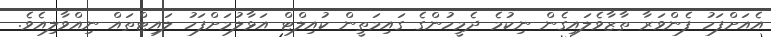
އެއަށްފަހު ފެންވަރާ ތާޒާވެލައިގެން ނިކުމެ ދެމީހުންގެ ގައިމަތީން ކުއިލްޓް އަޅާލުމަށްފަހު ލައިޓްތައް ނިއްވާލިއެވެ.